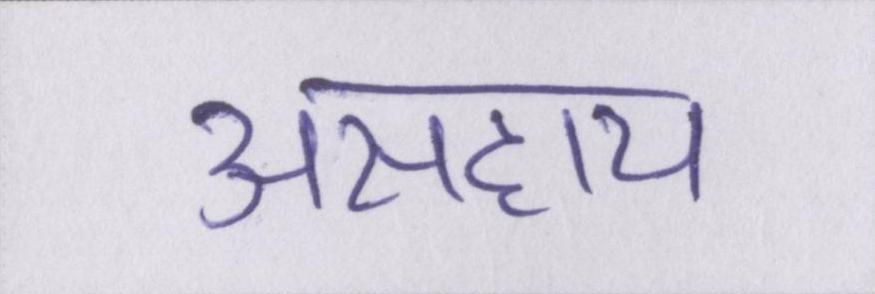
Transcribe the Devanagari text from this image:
असहाय